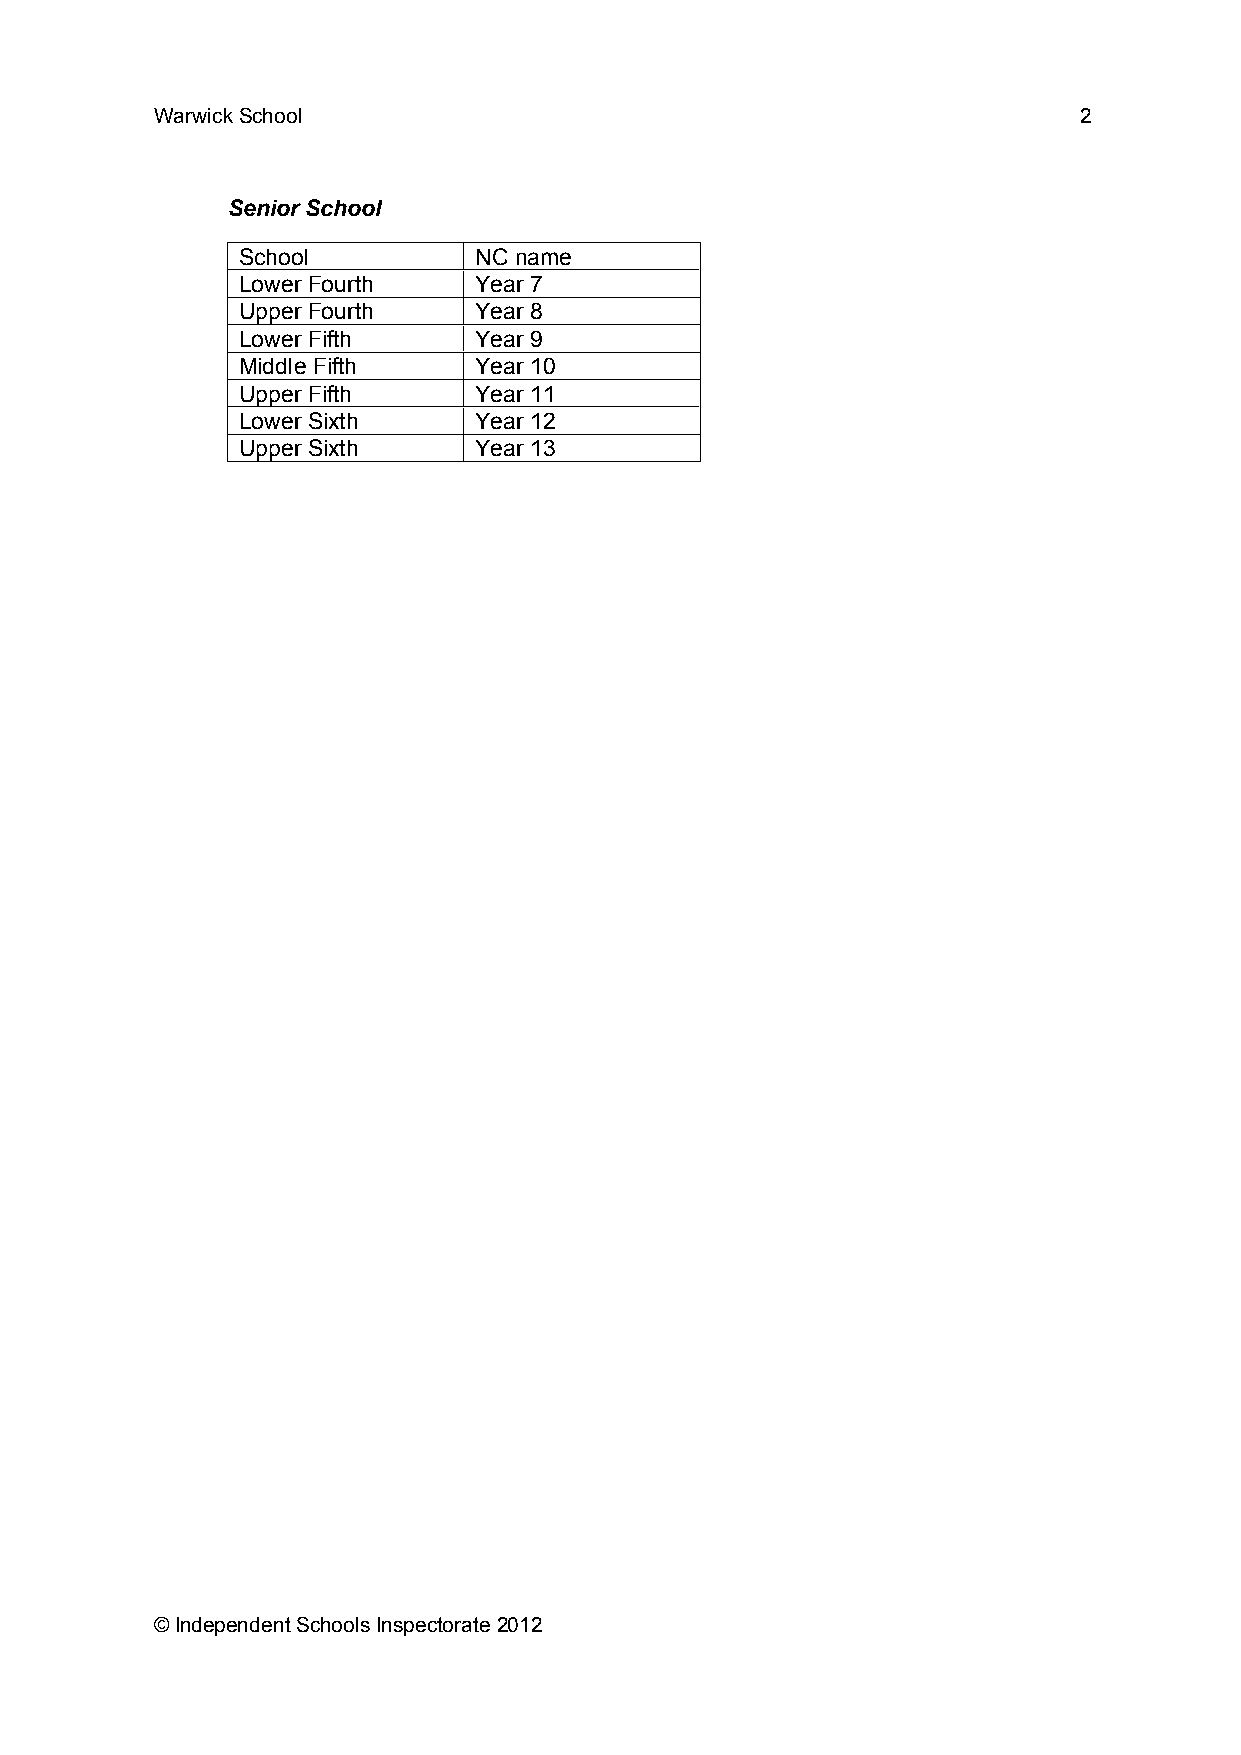
Warwick School                                               2
 Senior School
 School         NC name
 Lower Fourth   Year 7
 Upper Fourth   Year 8
 Lower Fifth    Year 9
 Middle Fifth   Year 10
 Upper Fifth    Year 11
 Lower Sixth    Year 12
 Upper Sixth    Year 13
 © Independent Schools Inspectorate 2012